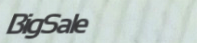
BigSale